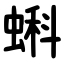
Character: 蝌